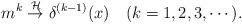
LaTeX: \begin{align*}m^{k} \stackrel{{\cal H}}{\rightarrow}\delta^{(k-1)}(x)\quad (k=1,2,3,\cdots).\end{align*}